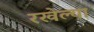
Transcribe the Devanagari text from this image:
रखेल्या